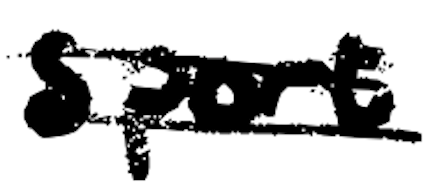
Text: sport
Cross-out: double-line
Writing tool: digital_black